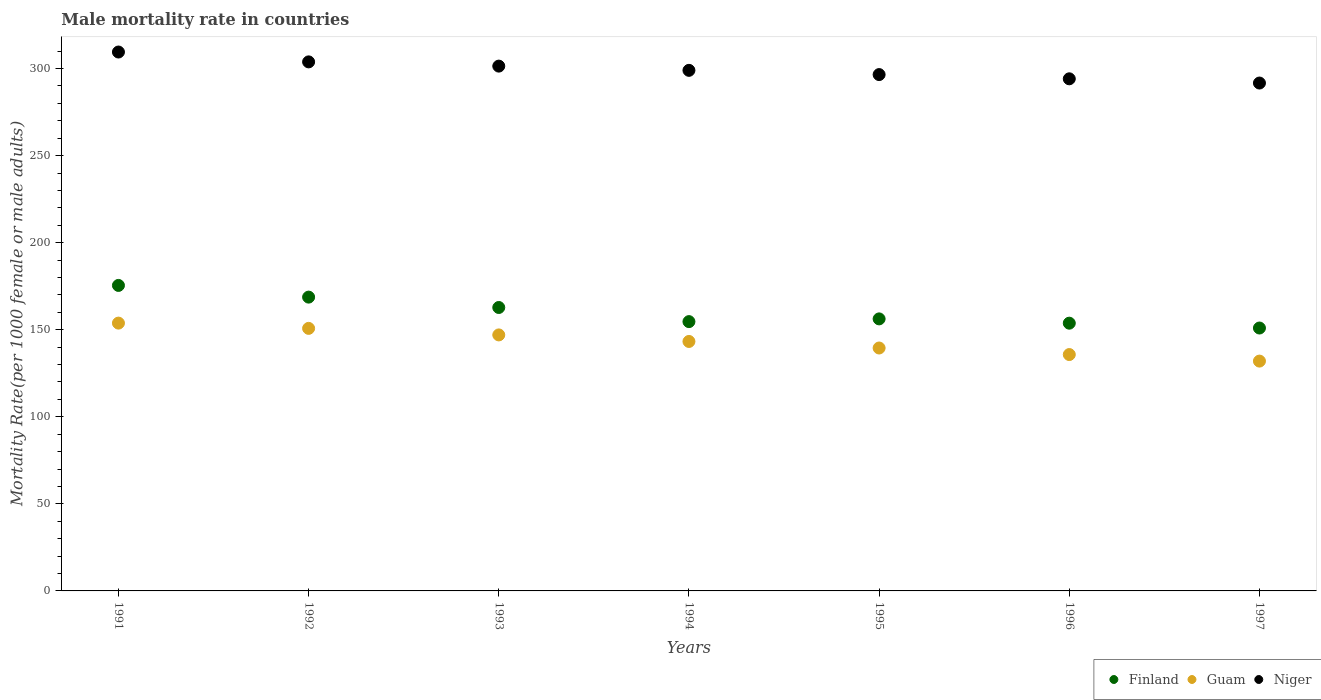
| Years | Finland | Guam | Niger |
 | --- | --- | --- | --- |
 | 1991 | 175 | 154 | 309 |
 | 1992 | 169 | 151 | 304 |
 | 1993 | 163 | 147 | 301 |
 | 1994 | 155 | 143 | 299 |
 | 1995 | 156 | 139 | 297 |
 | 1996 | 154 | 136 | 294 |
 | 1997 | 151 | 132 | 292 |